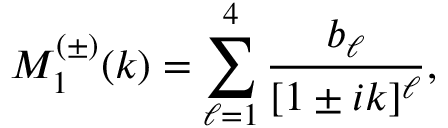
M _ { 1 } ^ { ( \pm ) } ( k ) = \sum _ { \ell = 1 } ^ { 4 } \frac { b _ { \ell } } { [ 1 \pm i k ] ^ { \ell } } ,